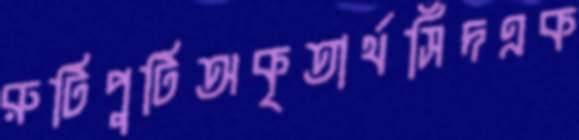
রুটিপুটিঅকৃতার্থসিঁদএক